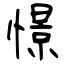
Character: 憬